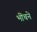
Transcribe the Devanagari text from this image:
भींचने